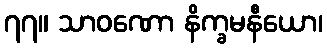
၇၇။ သာဝဏော နိက္ခမနီယော၊